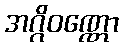
အဂ္ဂိဝဏ္ဏော